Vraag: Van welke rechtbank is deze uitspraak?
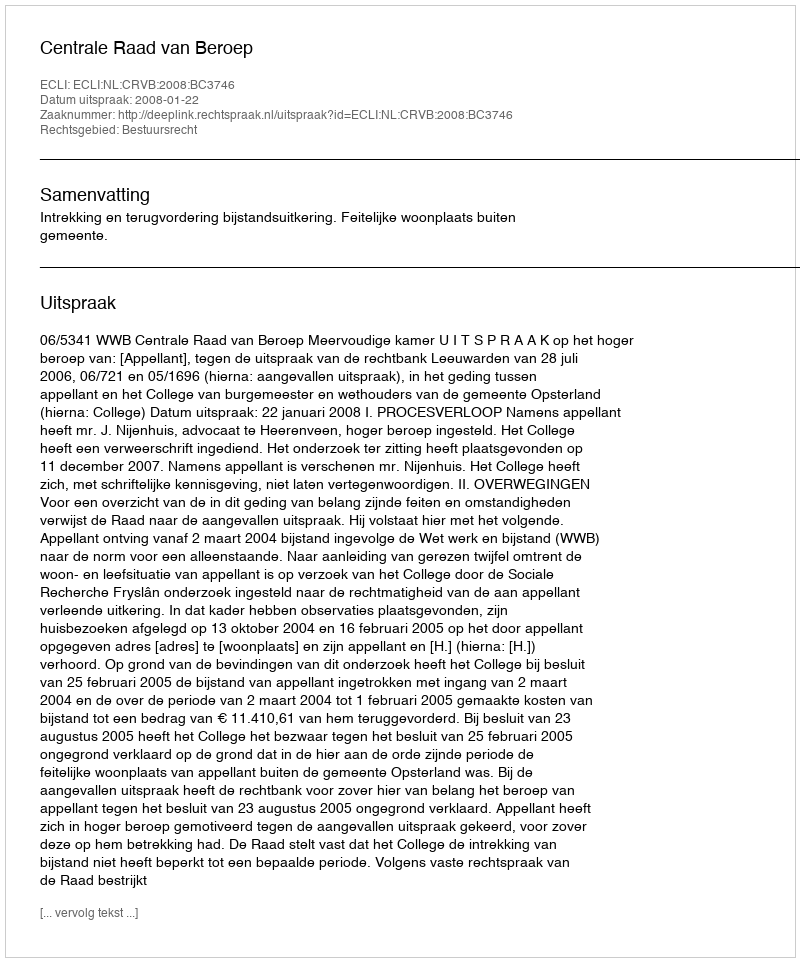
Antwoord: Centrale Raad van Beroep